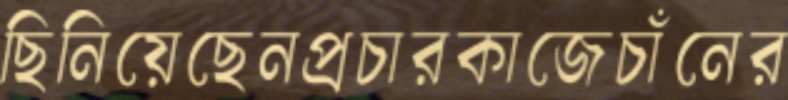
ছিনিয়েছেনপ্রচারকাজেচাঁনের